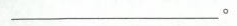
______。